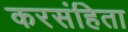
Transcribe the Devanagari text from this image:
करसंहिता